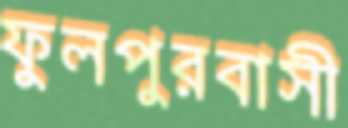
ফুলপুরবাসী